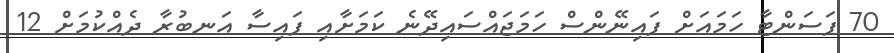
70 ޕަސަންޓާ ހަމައަށް ފައިނޭންސް ހަމަޖައްސައިދޭނެ ކަމަށާއި ފައިސާ އަނބުރާ ދެއްކުމަށް 12